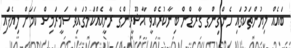
ބައެއް ލިޔުންތަކުގައި ހެންގިންގ ގާރޑްން ބިނާކުރެއްވީ އާޝޫރީންގެ ރާނީއެއްކަމުގައިވާ ސަމީރަމިސް ކަމަށް ލިޔެފައި